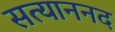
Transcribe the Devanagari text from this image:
सत्याननद